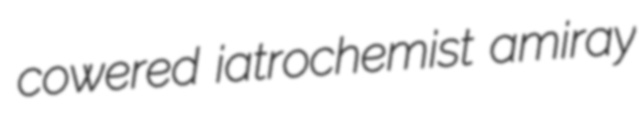
cowered iatrochemist amiray